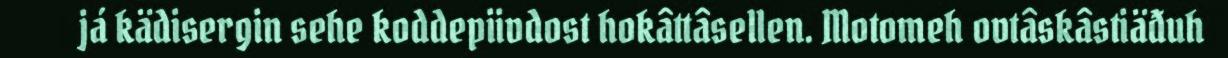
já kädisergin sehe koddepiivdost hokâttâsellen. Motomeh ovtâskâstiäđuh